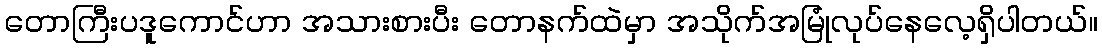
တောကြီးပဒူကောင်ဟာ အသားစားပီး တောနက်ထဲမှာ အသိုက်အမြုံလုပ်နေလေ့ရှိပါတယ်။